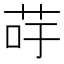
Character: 𦮣